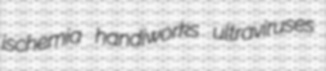
ischemia handiworks ultraviruses